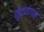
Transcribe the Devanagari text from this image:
कुंदणगार